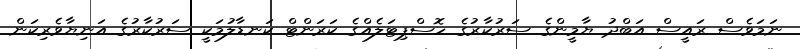
ނަމަވެސް ރައީސް އަބްދު ޔާމީންގެ ސަރުކާރުގެ ހޮސްޕިޓަލެއްގެ ކަރަންޓް ކަނޑާލުމަކީ ސަރުކާރުގެ އަނިޔާވެރިކަން